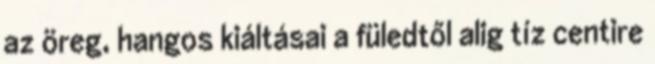
az öreg, hangos kiáltásai a füledtől alig tíz centire